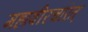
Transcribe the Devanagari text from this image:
महावीरचरित्‌